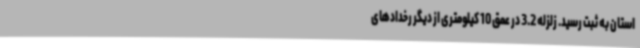
استان به ثبت رسید. زلزله 3.2 در عمق 10 کیلومتری از دیگر رخدادهای